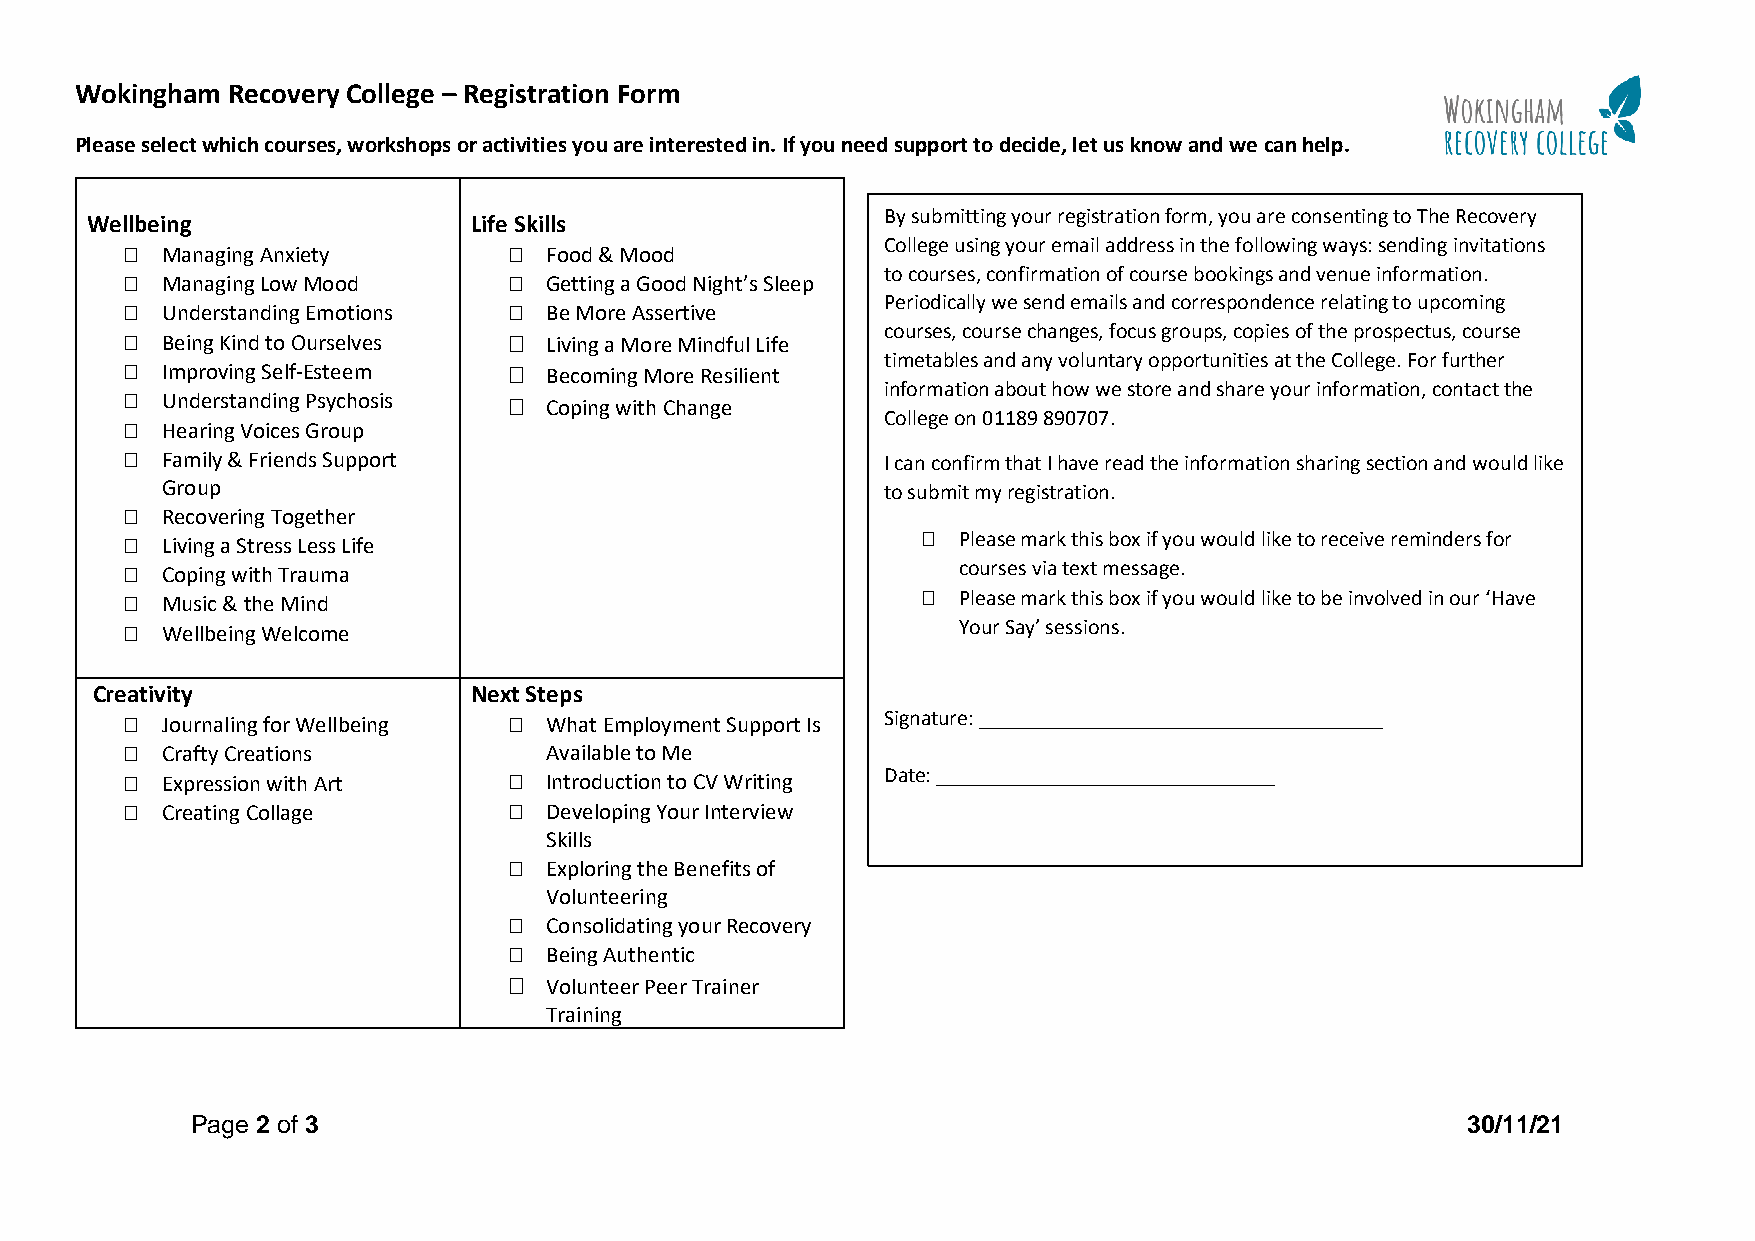
Wokingham Recovery College – Registration Form
 Please select which courses, workshops or activities you are interested in. If you need support to decide, let us know and we can help.
 By submitting your registration form, you are consenting to The Recovery
 Wellbeing                Life Skills
 College using your email address in the following ways: sending invitations
   Managing Anxiety        Food & Mood
 to courses, confirmation of course bookings and venue information.
   Managing Low Mood       Getting a Good Night’s Sleep
 Periodically we send emails and correspondence relating to upcoming
   Understanding Emotions  Be More Assertive
 courses, course changes, focus groups, copies of the prospectus, course
   Being Kind to Ourselves  Living a More Mindful Life
 timetables and any voluntary opportunities at the College. For further
   Improving Self-Esteem   Becoming More Resilient
 information about how we store and share your information, contact the
   Understanding Psychosis  Coping with Change
 College on 01189 890707.
   Hearing Voices Group
   Family & Friends Support                        I can confirm that I have read the information sharing section and would like
 Group                                           to submit my registration.
   Recovering Together
   Living a Stress Less Life                          Please mark this box if you would like to receive reminders for
   Coping with Trauma                                  courses via text message.
   Music & the Mind                                   Please mark this box if you would like to be involved in our ‘Have
   Wellbeing Welcome                                   Your Say’ sessions.
 Creativity               Next Steps
   Journaling for Wellbeing  What Employment Support Is Signature: _____________________________________
   Crafty Creations         Available to Me
   Expression with Art     Introduction to CV Writing Date: _______________________________
   Creating Collage        Developing Your Interview
 Skills
  Exploring the Benefits of
 Volunteering
  Consolidating your Recovery
  Being Authentic
  Volunteer Peer Trainer
 Training
 Page 2 of 3                                                                         30/11/21